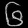
Digit: ၆